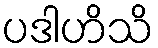
ပဒါဟိသိ